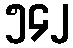
၅၄၂